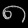
Digit: ၈